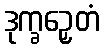
ဒုက္ခဉှေတံ